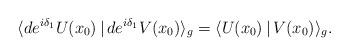
LaTeX: \begin{align*}\langle de^{i\delta_1}U(x_0)\,|\, de^{i\delta_1} V(x_0)\rangle_g= \langle U(x_0)\,|\, V(x_0)\rangle_g.\end{align*}